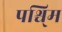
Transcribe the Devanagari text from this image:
पश्चि्म